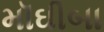
મૉઘીબા